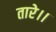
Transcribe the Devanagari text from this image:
तारे।।